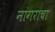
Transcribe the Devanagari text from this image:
नांगराचा